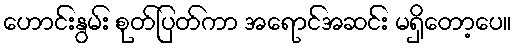
ဟောင်းနွမ်း စုတ်ပြတ်ကာ အရောင်အဆင်း မရှိတော့ပေ။